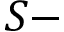
S -